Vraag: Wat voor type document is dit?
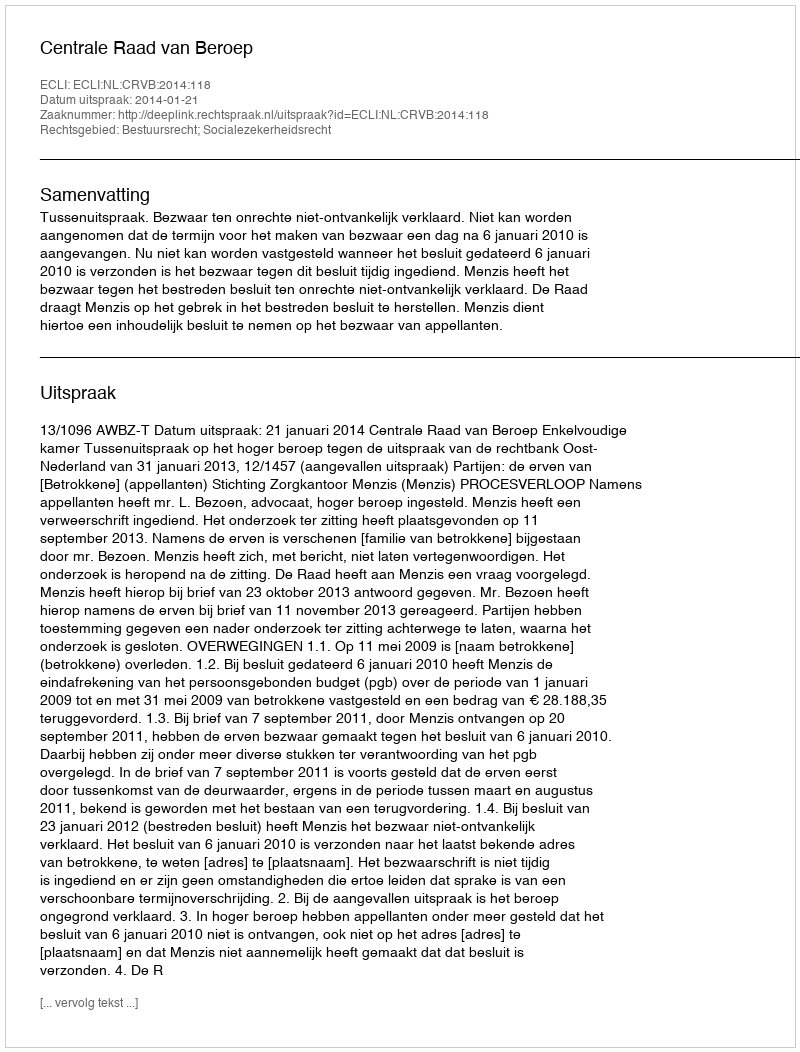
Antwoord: Uitspraak